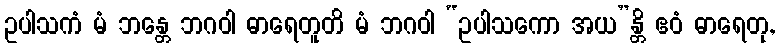
ဥပါသကံ မံ ဘန္တေ ဘဂဝါ ဓာရေတူတိ မံ ဘဂဝါ “ဥပါသကော အယ”န္တိ ဧဝံ ဓာရေတု,